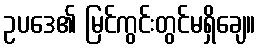
ဥပဒေ၏ မြင်ကွင်းတွင်မရှိချေ။